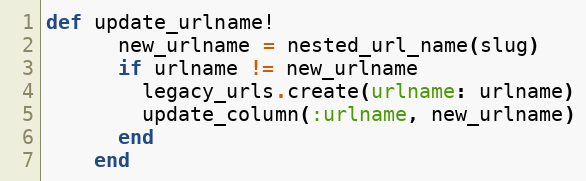
Language: Ruby
def update_urlname!
      new_urlname = nested_url_name(slug)
      if urlname != new_urlname
        legacy_urls.create(urlname: urlname)
        update_column(:urlname, new_urlname)
      end
    end